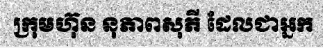
ក្រុមហ៊ុន នុភាពសុភី ដែលជាអ្នក